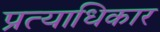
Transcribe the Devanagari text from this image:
प्रत्याधिकार